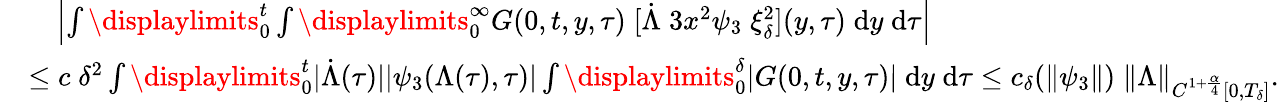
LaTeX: \begin{array}{rl}&{\quad\left|\int\displaylimits_{0}^{t}\int\displaylimits_{0}^{\infty}{G(0,t,y,\tau)\; [\dot{\Lambda}\; 3x^{2}\psi_{3}\; \xi_{\delta}^{2}](y,\tau)\; \mathrm{d}y\; \mathrm{d}\tau}\right|}\\ &{\le c\; \delta^{2}\int\displaylimits_{0}^{t}|\dot{\Lambda}(\tau)||\psi_{3}(\Lambda(\tau),\tau)|\int\displaylimits_{0}^{\delta}|G(0,t,y,\tau)|\; \mathrm{d}y\; \mathrm{d}\tau\le c_{\delta}(\| \psi_{3}\| )\; \| \Lambda\| _{C^{1+\frac{\alpha}{4}}[0,T_{\delta}]}.}\end{array}